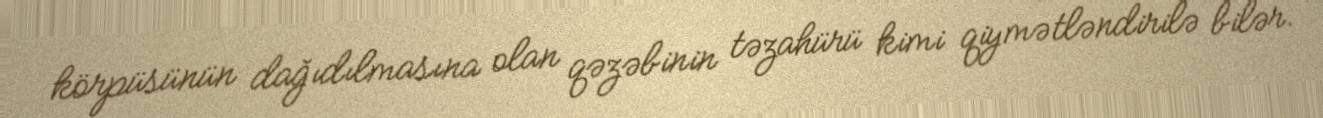
körpüsünün dağıdılmasına olan qəzəbinin təzahürü kimi qiymətləndirilə bilər.